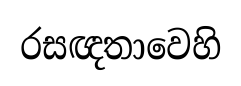
රසඥතාවෙහි